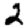
Digit: 2